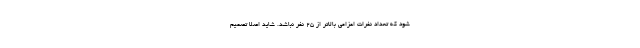
شود که تعداد نفرات اعزامی بالاتر از ۲۵ نفر نباشد. شاید اصلاً تصمیم